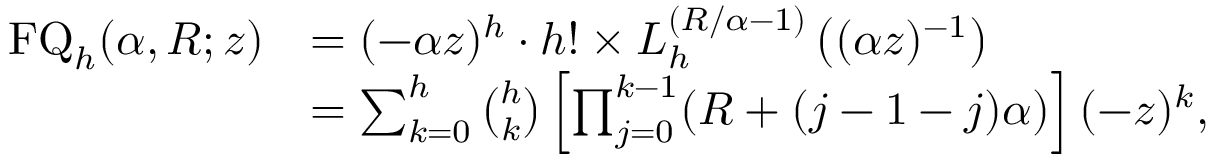
{ \begin{array} { r l } { \operatorname { F Q } _ { h } ( \alpha , R ; z ) } & { = ( - \alpha z ) ^ { h } \cdot h ! \times L _ { h } ^ { \left( R / \alpha - 1 \right) } \left( ( \alpha z ) ^ { - 1 } \right) } \\ & { = \sum _ { k = 0 } ^ { h } { \binom { h } { k } } \left[ \prod _ { j = 0 } ^ { k - 1 } ( R + ( j - 1 - j ) \alpha ) \right] ( - z ) ^ { k } , } \end{array} }